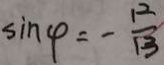
\sin \varphi = - \frac { 1 2 } { 1 3 }